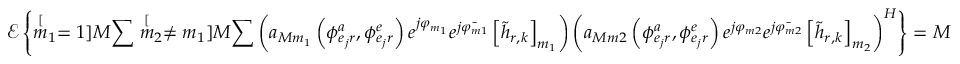
\mathscr { E } \left\{ \stackrel [ m _ { 1 } = 1 ] { M } { \sum } \stackrel [ m _ { 2 } \neq m _ { 1 } ] { M } { \sum } \left( a _ { M m _ { 1 } } \left( \phi _ { e _ { j } r } ^ { a } , \phi _ { e _ { j } r } ^ { e } \right) e ^ { j \varphi _ { m _ { 1 } } } e ^ { j \bar { \varphi _ { m 1 } } } \left[ \tilde { h } _ { r , k } \right] _ { m _ { 1 } } \right) \left( a _ { M m 2 } \left( \phi _ { e _ { j } r } ^ { a } , \phi _ { e _ { j } r } ^ { e } \right) e ^ { j \varphi _ { m 2 } } e ^ { j \bar { \varphi _ { m 2 } } } \left[ \tilde { h } _ { r , k } \right] _ { m _ { 2 } } \right) ^ { H } \right\} = M